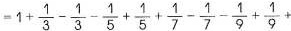
$$= 1 + \frac { 1 } { 3 } - \frac { 1 } { 3 } - \frac { 1 } { 5 } + \frac { 1 } { 5 } + \frac { 1 } { 7 } - \frac { 1 } { 7 } - \frac { 1 } { 9 } + \frac { 1 } { 9 } +